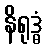
နိရုဒ္ဓံ